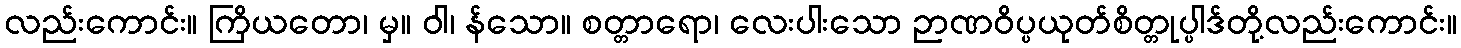
လည်းကောင်း။ ကြိယတော၊ မှ။ ဝါ၊ န်သော။ စတ္တာရော၊ လေးပါးသော ဉာဏဝိပ္ပယုတ်စိတ္တုပ္ပါဒ်တို့လည်းကောင်း။